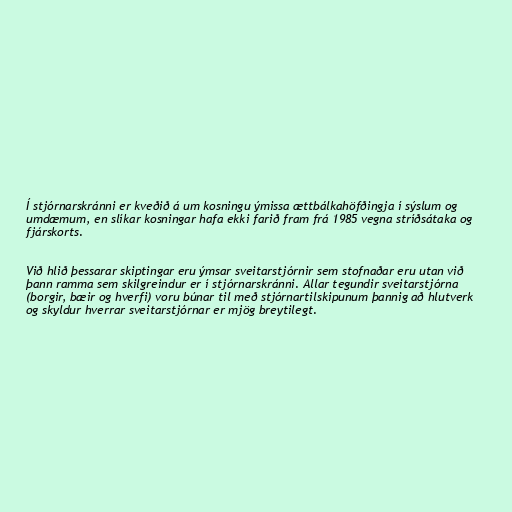
Í stjórnarskránni er kveðið á um kosningu ýmissa ættbálkahöfðingja í sýslum og
umdæmum, en slíkar kosningar hafa ekki farið fram frá 1985 vegna stríðsátaka og
fjárskorts.

Við hlið þessarar skiptingar eru ýmsar sveitarstjórnir sem stofnaðar eru utan við
þann ramma sem skilgreindur er í stjórnarskránni. Allar tegundir sveitarstjórna
(borgir, bæir og hverfi) voru búnar til með stjórnartilskipunum þannig að hlutverk
og skyldur hverrar sveitarstjórnar er mjög breytilegt.